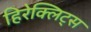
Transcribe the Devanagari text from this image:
हिरेक्लिट्स